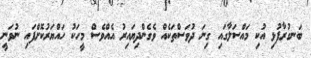
ބަނގުރާފުޅި އުކި މައްސަލާގައި ގިނަ ދުވަސްތަކެއް ވެގެންދިޔައިރު އެއްވެސް މީހަކު ހައްޔަރުކޮށްފައި ނުވަނީ